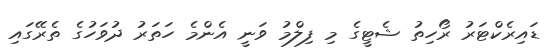
ޑައިރެކްޓަރު ރޯހިތު ޝެޓީގެ މި ފިލްމު ވަނީ އެންމެ ހަތަރު ދުވަހުގެ ތެރޭގައި